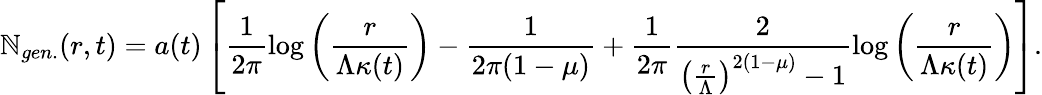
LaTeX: \mathbb{N}_{gen.}(r,t)=a(t)\left[\frac{{1}}{{2\pi}}\log\left(\frac{{r}}{{\Lambda\kappa(t)}}\right)-\frac{{1}}{{2\pi(1-\mu)}}+\frac{{1}}{{2\pi}}\frac{{2}}{{\left(\frac{{r}}{{\Lambda}}\right)^{2(1-\mu)}-1}}\log\left(\frac{{r}}{{\Lambda\kappa(t)}}\right)\right].